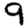
Digit: 9